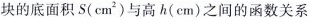
块的底面积S(cm^{2})与高h(cm)之间的函数关系